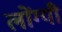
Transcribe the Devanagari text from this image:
लोंग्यी